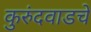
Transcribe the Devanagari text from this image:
कुरुंदवाडचे